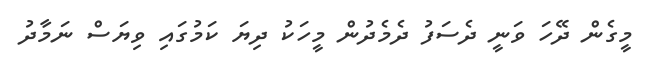
މީގެން ދޭހަ ވަނީ ދެސަފު ދެމެދުން މީހަކު ދިޔަ ކަމުގައި ވިޔަސް ނަމާދު